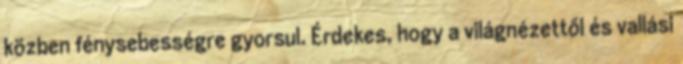
közben fénysebességre gyorsul. Érdekes, hogy a világnézettől és vallási